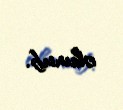
olunub.